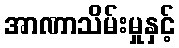
အာဏာသိမ်းမှုနှင့်